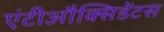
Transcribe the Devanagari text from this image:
एंटीऔक्सिडेंटस